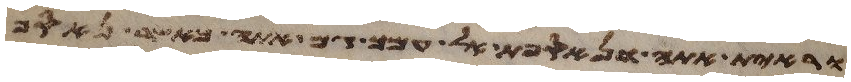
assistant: וראית אתה ונאספת אל עמך גם אתה כאשר נאסף